Lunatic asylums Punjab 1868-1880 - 1868-1880
Year: 1868
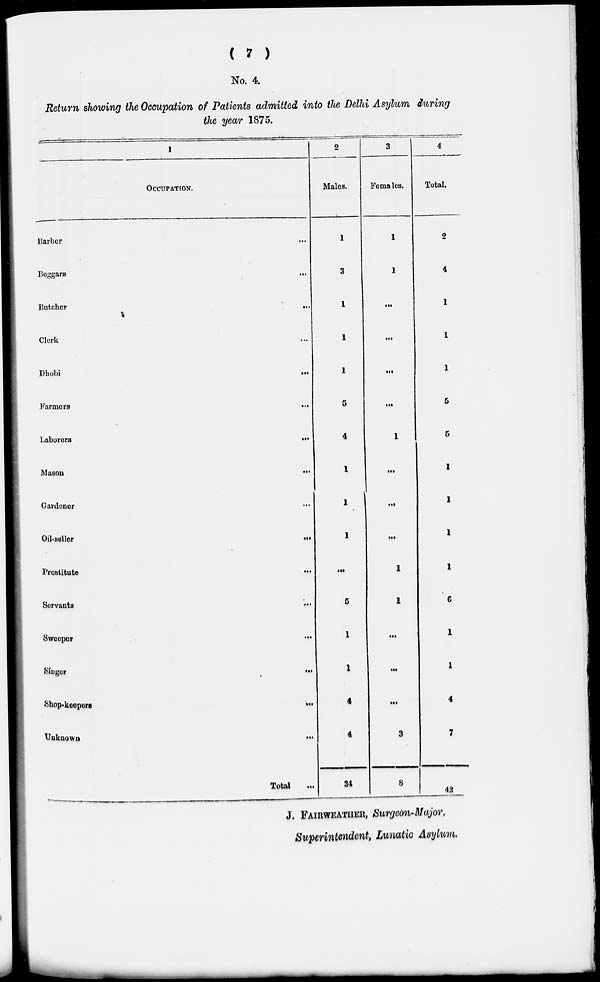
( 7 )
No. 4.
Return showing the Occupation of Patients admitted into the Delhi Asylum during
the year 1875.
1
OCCUPATION.
Barber ...
Beggars ...
Butcher ...
Clerk ...
Dhobi
...
Farmers
...
Laborers ...
Mason
...
Gardener ...
Oil-seller
...
Prostitute
...
Servants ...
Sweepor
...
Singer
...
Shop-keepers
..
Unknown
...
Total ...
2
Males.
1
3
1
1
1
5
4
1
1
1
...
5
1
1
4
4
34
3
Females.
1
1
...
...
...
...
1
...
...
...
1
1
...
...
...
3
8
4
Total.
2
4
1
1
1
5
5
1
1
1
1
6
1
1
4
7
42
J. FAIRWEATHER, Surgeon-Major,
Superintendent, Lunatic Asylum.